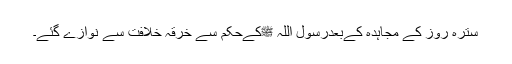
سترہ روز کے مجاہدہ کےبعدرسول اللہ ﷺکےحکم سے خرقۂ خلافت سے نوازے گئے۔